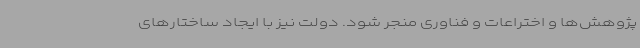
پژوهش‌ها و اختراعات و فناوری منجر شود. دولت نیز با ایجاد ساختارهای